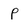
Character: P